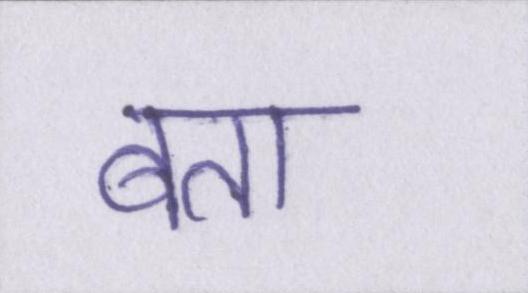
बता